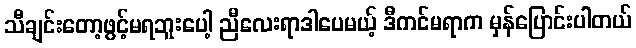
သီချင်းတော့ဖွင့်မရဘူးပေါ့ ညီလေးရာဒါပေမယ့် ဒီကင်မရာက မှန်ပြောင်းပါတယ်